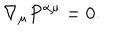
LaTeX: \nabla _ { \mu } P ^ { \alpha \mu } = 0 .